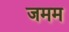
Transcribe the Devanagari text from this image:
जमम